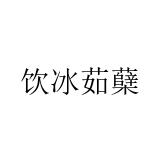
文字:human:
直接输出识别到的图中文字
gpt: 饮冰茹蘖